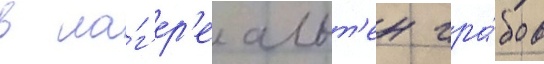
в ла́г'ер'е альт'ен гра́бов